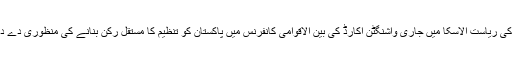
امریکا کی ریاست الاسکا میں جاری واشنگٹن اکارڈ کی بین الاقوامی کانفرنس میں پاکستان کو تنظیم کا مستقل رکن بنانے کی منظوری دے دی گئی۔